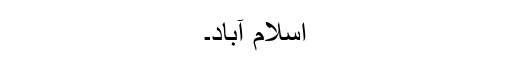
اسلام آباد۔